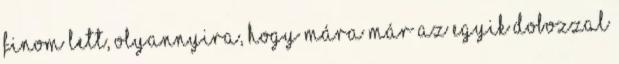
finom lett, olyannyira, hogy mára már az egyik dobozzal